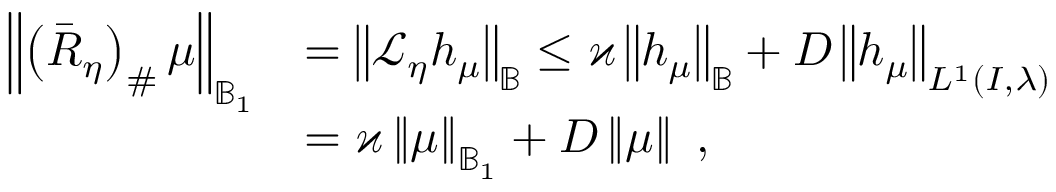
\begin{array} { r l } { \left\Vert \left( \bar { R } _ { \eta } \right) _ { \# } \mu \right\Vert _ { \mathbb { B } _ { 1 } } } & { = \left\Vert \mathcal { L } _ { \eta } h _ { \mu } \right\Vert _ { \mathbb { B } } \leq \varkappa \left\Vert h _ { \mu } \right\Vert _ { \mathbb { B } } + D \left\Vert h _ { \mu } \right\Vert _ { L ^ { 1 } \left( I , \lambda \right) } } \\ & { = \varkappa \left\Vert \mu \right\Vert _ { \mathbb { B } _ { 1 } } + D \left\Vert \mu \right\Vert \ , } \end{array}